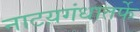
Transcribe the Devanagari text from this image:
नाटय़गंधातर्फे